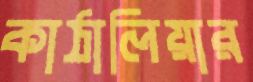
কাঠালিয়ার